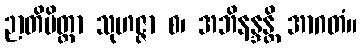
ဉာတိမိတ္တာ သုဟဇ္ဇာ စ၊ အဘိနန္ဒန္တိ အာဂတံ။